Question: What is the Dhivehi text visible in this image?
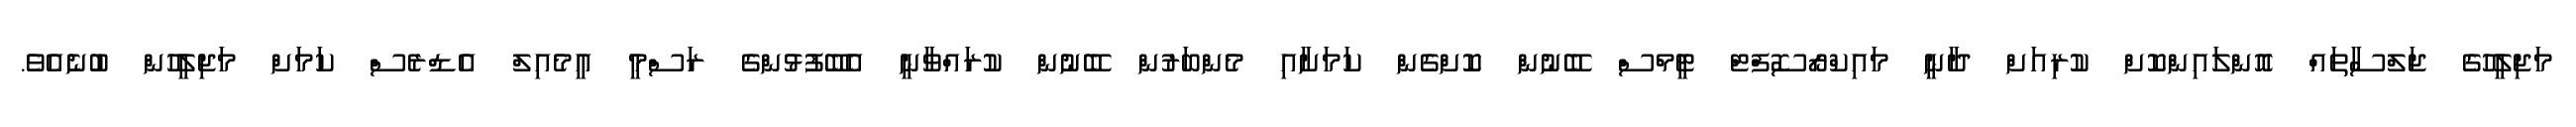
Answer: މަޖިލީހުގެ ޖަލްސާތައް އޮންލައިންކޮށް ކުރިއަށް ދާނީ މައިކްރޯސޮފްޓް ޓީމްސް ބޭނުން ކޮށްގެން ކަމަށާއި މެންބަރުން ބޭނުން ކުރައްވާނީ އެބޭފުޅުންގެ ރަސްމީ އީމެއިލް އެޑްރެސް ކަމަށް މަޖިލީހުން ބުނެއެވެ.